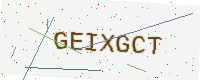
Text: GEIXGCT